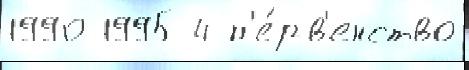
1990 1995 4 п'е́рв'енство